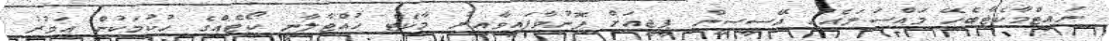
ނައިޓްމާކެޓާބެހޭ މައްސަލައެއް އޭސީސީން ޕީޖީއަށް ފޮނުވާފައިވާއިރު މާކެޓް ހުއްޓާލާނީ ކޯޓެއްގެ ހުކުމަކުން އަމުރު